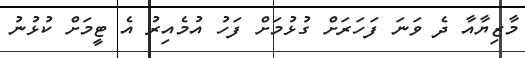
މާޒިޔާއާ ދެ ވަނަ ފަހަރަށް ގުޅުމަށް ފަހު އުމެއިރު އެ ޓީމަށް ކުޅުނު